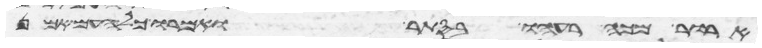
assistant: ארור מכה רעהו בסתר ואמרו כל העם אמן